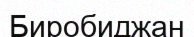
Биробиджан